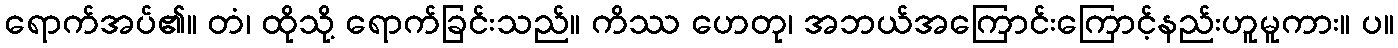
ရောက်အပ်၏။ တံ၊ ထိုသို့ ရောက်ခြင်းသည်။ ကိဿ ဟေတု၊ အဘယ်အကြောင်းကြောင့်နည်းဟူမူကား။ ပ။